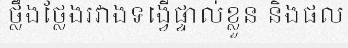
ថ្លឹងថ្លែងរវាងទង្វើផ្ទាល់ខ្លួន និងផល